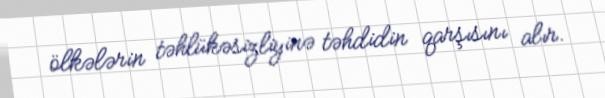
ölkələrin təhlükəsizliyinə təhdidin qarşısını alır.